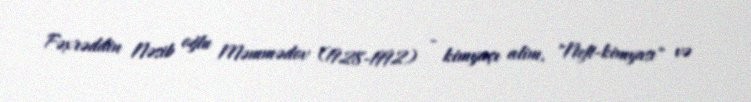
Fəxrəddin Nəsib oğlu Məmmədov (1928-1992) - kimyaçı alim, "Neft-kimyası" və